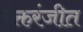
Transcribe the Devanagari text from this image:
रंक्तरंजीत